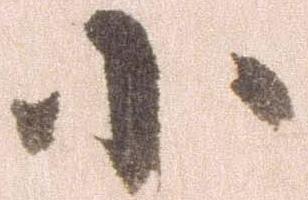
小